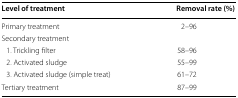
<table><thead><tr><td><b>Level of treatment</b></td><td><b>Removal rate (%)</b></td></tr></thead><tbody><tr><td>Primary treatment</td><td>2–96</td></tr><tr><td colspan="2">Secondary treatment</td></tr><tr><td> 1. Trickling filter</td><td>58–96</td></tr><tr><td> 2. Activated sludge</td><td>55–99</td></tr><tr><td> 3. Activated sludge (simple treat)</td><td>61–72</td></tr><tr><td>Tertiary treatment</td><td>87–99</td></tr></tbody></table>